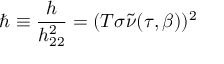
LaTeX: \hbar \equiv \frac { h } { h _ { 2 2 } ^ { 2 } } = ( T \sigma \tilde { \nu } ( \tau , \beta ) ) ^ { 2 }